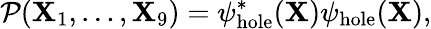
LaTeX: \mathcal{P}({\mathbf{X}}_{1},\ldots,{\mathbf{X}}_{9})=\psi_{\mathrm{{hole}}}^{*}({\mathbf{X}})\psi_{\mathrm{{hole}}}({\mathbf{X}}),